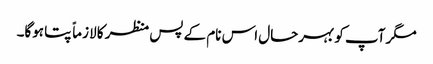
مگر آپ کو بہرحال اس نام کے پس منظر کا لازماً پتا ہوگا۔